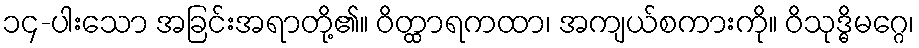
၁၄-ပါးသော အခြင်းအရာတို့၏။ ဝိတ္ထာရကထာ၊ အကျယ်စကားကို။ ဝိသုဒ္ဓိမဂ္ဂေ၊